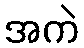
အကဲ